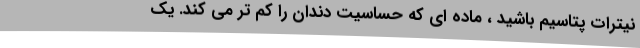
نیترات پتاسیم باشید ، ماده ای که حساسیت دندان را کم تر می کند. یک